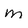
Character: m